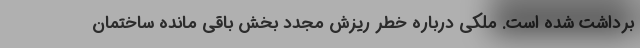
برداشت شده است. ملکی درباره خطر ریزش مجدد بخش باقی مانده ساختمان